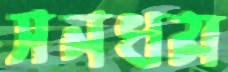
সনধম